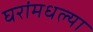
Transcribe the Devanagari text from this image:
घरांमधल्या